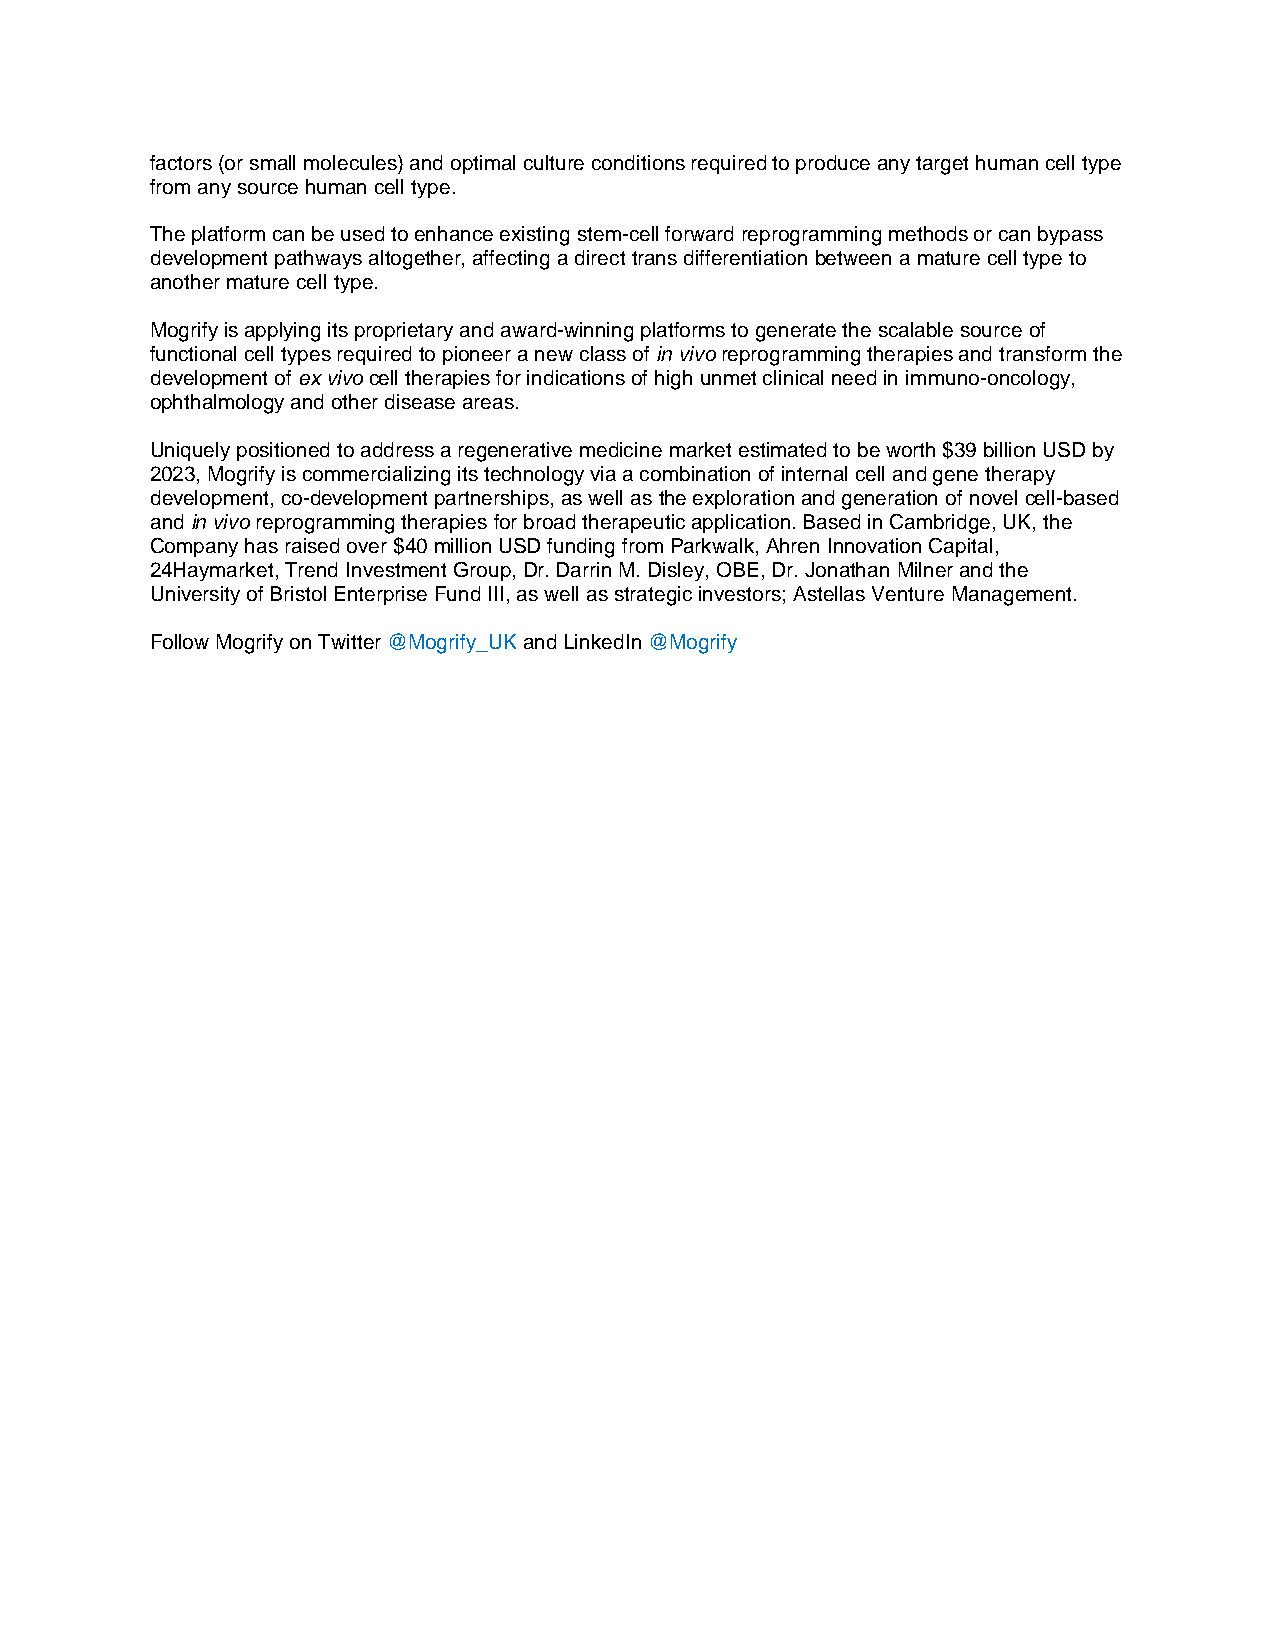
factors (or small molecules) and optimal culture conditions required to produce any target human cell type
 from any source human cell type.
 The platform can be used to enhance existing stem-cell forward reprogramming methods or can bypass
 development pathways altogether, affecting a direct trans differentiation between a mature cell type to
 another mature cell type.
 Mogrify is applying its proprietary and award-winning platforms to generate the scalable source of
 functional cell types required to pioneer a new class of in vivo reprogramming therapies and transform the
 development of ex vivo cell therapies for indications of high unmet clinical need in immuno-oncology,
 ophthalmology and other disease areas.
 Uniquely positioned to address a regenerative medicine market estimated to be worth $39 billion USD by
 2023, Mogrify is commercializing its technology via a combination of internal cell and gene therapy
 development, co-development partnerships, as well as the exploration and generation of novel cell-based
 and in vivo reprogramming therapies for broad therapeutic application. Based in Cambridge, UK, the
 Company has raised over $40 million USD funding from Parkwalk, Ahren Innovation Capital,
 24Haymarket, Trend Investment Group, Dr. Darrin M. Disley, OBE, Dr. Jonathan Milner and the
 University of Bristol Enterprise Fund III, as well as strategic investors; Astellas Venture Management.
 Follow Mogrify on Twitter @Mogrify_UK and LinkedIn @Mogrify